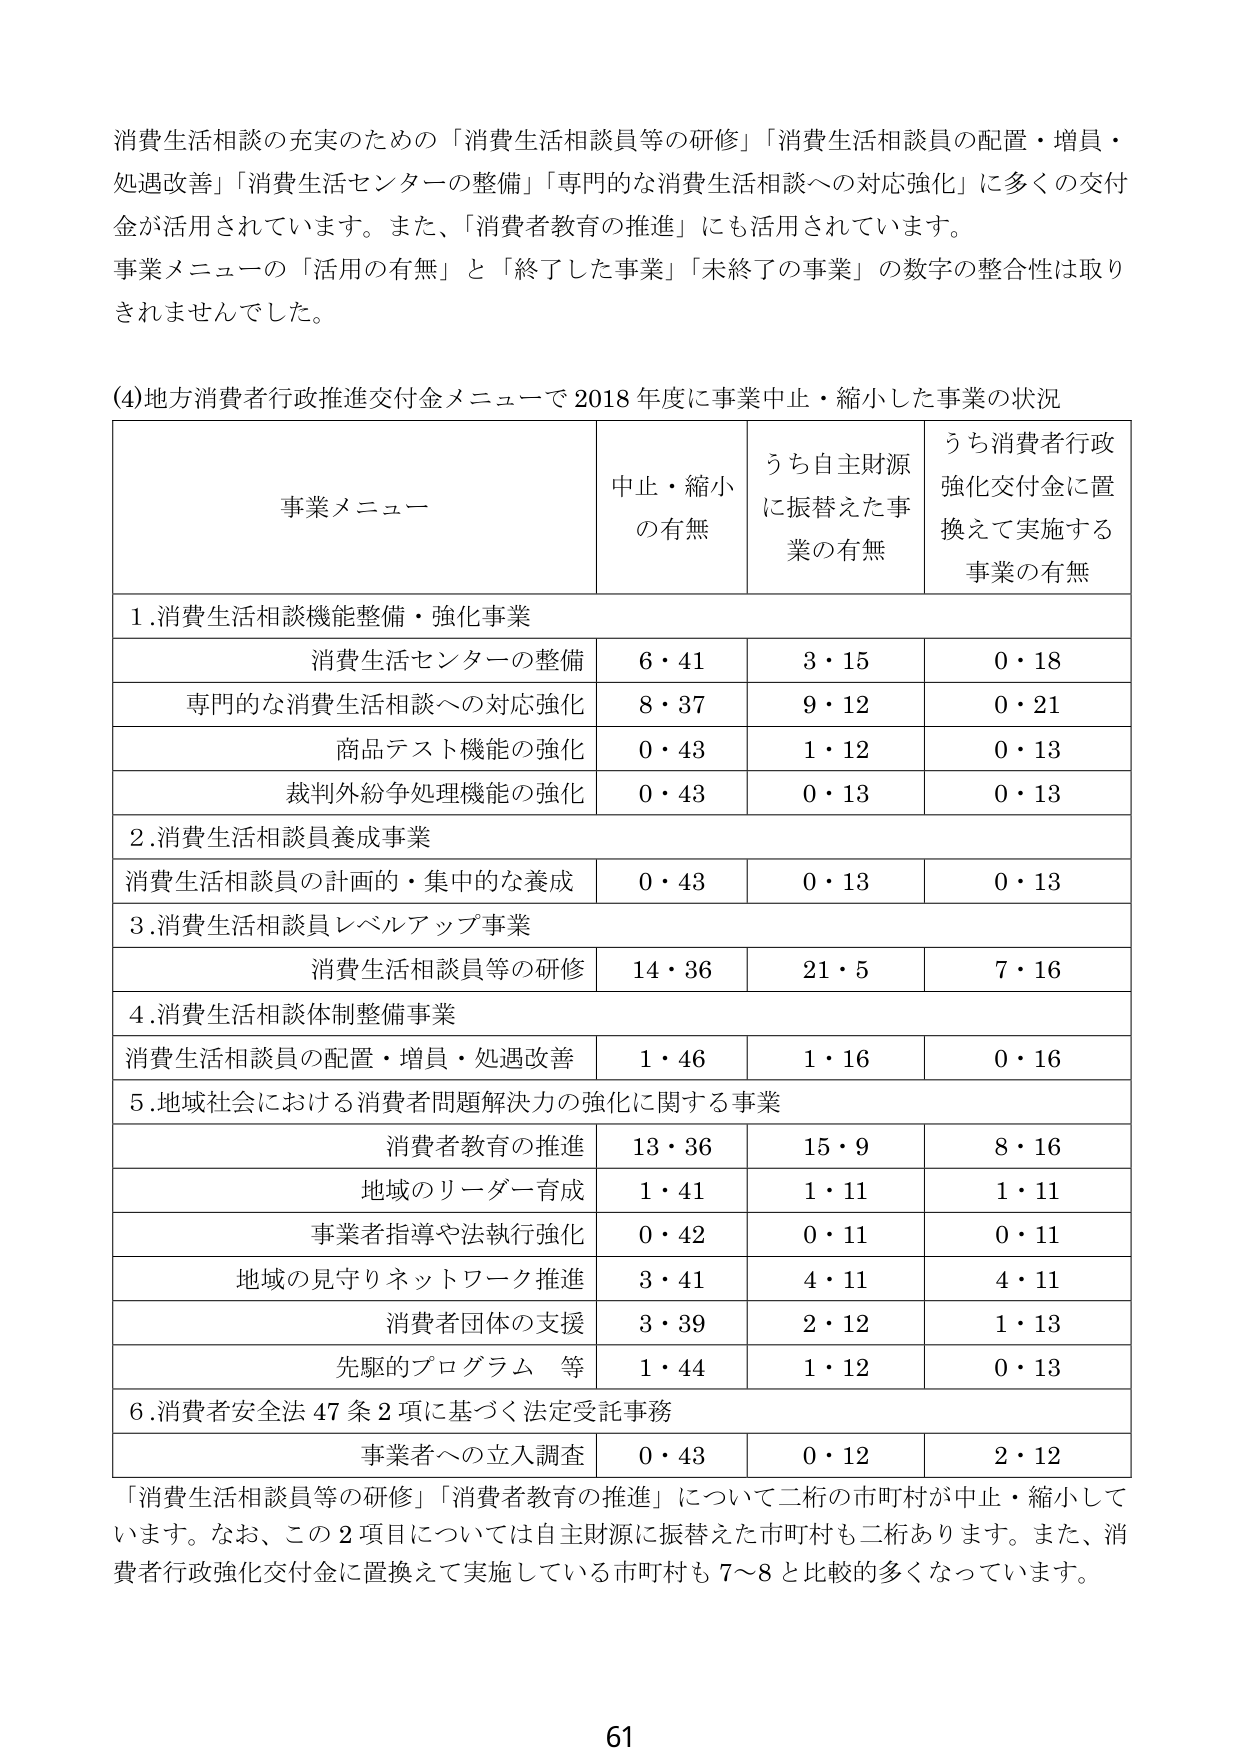
消費生活相談の充実のための「消費生活相談員等の研修」「消費生活相談員の配置・増員・処遇改善」「消費生活センターの整備」「専門的な消費生活相談への対応強化」に多くの交付金が活用されています。また、「消費者教育の推進」にも活用されています。
事業メニューの「活用の有無」と「終了した事業」「未終了の事業」の数字の整合性は取りきれませんでした。

(4)地方消費者行政推進交付金メニューで2018年度に事業中止・縮小した事業の状況

| 事業メニュー | 中止・縮小の有無 | うち自主財源に振替えた事業の有無 | うち消費者行政強化交付金に置換えて実施する事業の有無 |
|--------------|------------------|----------------------------------|-----------------------------------------------|
| 1.消費生活相談機能整備・強化事業 | | | |
| 消費生活センターの整備 | 6・41 | 3・15 | 0・18 |
| 専門的な消費生活相談への対応強化 | 8・37 | 9・12 | 0・21 |
| 商品テスト機能の強化 | 0・43 | 1・12 | 0・13 |
| 裁判外紛争処理機能の強化 | 0・43 | 0・13 | 0・13 |
| 2.消費生活相談員養成事業 | | | |
| 消費生活相談員の計画的・集中的な養成 | 0・43 | 0・13 | 0・13 |
| 3.消費生活相談員レベルアップ事業 | | | |
| 消費生活相談員等の研修 | 14・36 | 21・5 | 7・16 |
| 4.消費生活相談体制整備事業 | | | |
| 消費生活相談員の配置・増員・処遇改善 | 1・46 | 1・16 | 0・16 |
| 5.地域社会における消費者問題解決力の強化に関する事業 | | | |
| 消費者教育の推進 | 13・36 | 15・9 | 8・16 |
| 地域のリーダー育成 | 1・41 | 1・11 | 1・11 |
| 事業者指導や法執行強化 | 0・42 | 0・11 | 0・11 |
| 地域の見守りネットワーク推進 | 3・41 | 4・11 | 4・11 |
| 消費者団体の支援 | 3・39 | 2・12 | 1・13 |
| 先駆的プログラム 等 | 1・44 | 1・12 | 0・13 |
| 6.消費者安全法47条2項に基づく法定受託事務 | | | |
| 事業者への立入調査 | 0・43 | 0・12 | 2・12 |

「消費生活相談員等の研修」「消費者教育の推進」について二桁の市町村が中止・縮小しています。なお、この2項目については自主財源に振替えた市町村も二桁あります。また、消費者行政強化交付金に置換えて実施している市町村も7～8と比較的多くなっています。

61